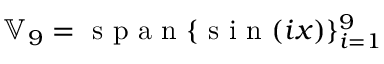
\mathbb { V } _ { 9 } = \mathrm { ~ s ~ p ~ a ~ n ~ } \{ \mathrm { ~ s ~ i ~ n ~ } ( i x ) \} _ { i = 1 } ^ { 9 }